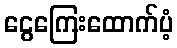
ငွေကြေးထောက်ပံ့